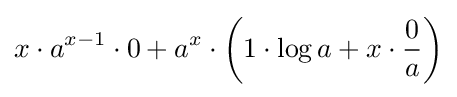
x\cdot a^{x-1}\cdot 0+a^{x}\cdot \left(1\cdot \log a+x\cdot {\frac {0}{a}}\right)